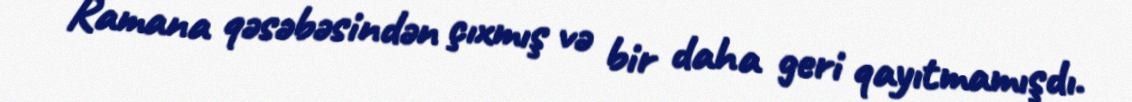
Ramana qəsəbəsindən çıxmış və bir daha geri qayıtmamışdı.